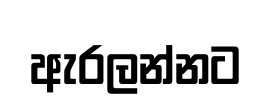
ඇරලන්නට